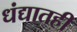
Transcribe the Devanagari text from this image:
धंद्यातही